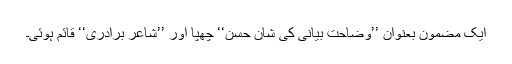
ایک مضمون بعنوان ’’وضاحت بیانی کی شانِ حسن‘‘ چھپا اور ’’شاعر برادری‘‘ قائم ہوئی۔